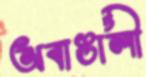
অবাঙালী